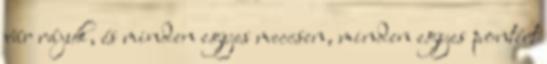
vár rájuk, és minden egyes meccsen, minden egyes pontért